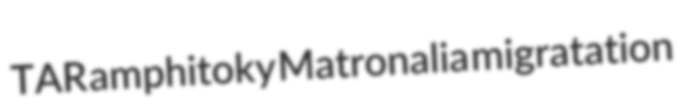
TAR amphitoky Matronalia migratation